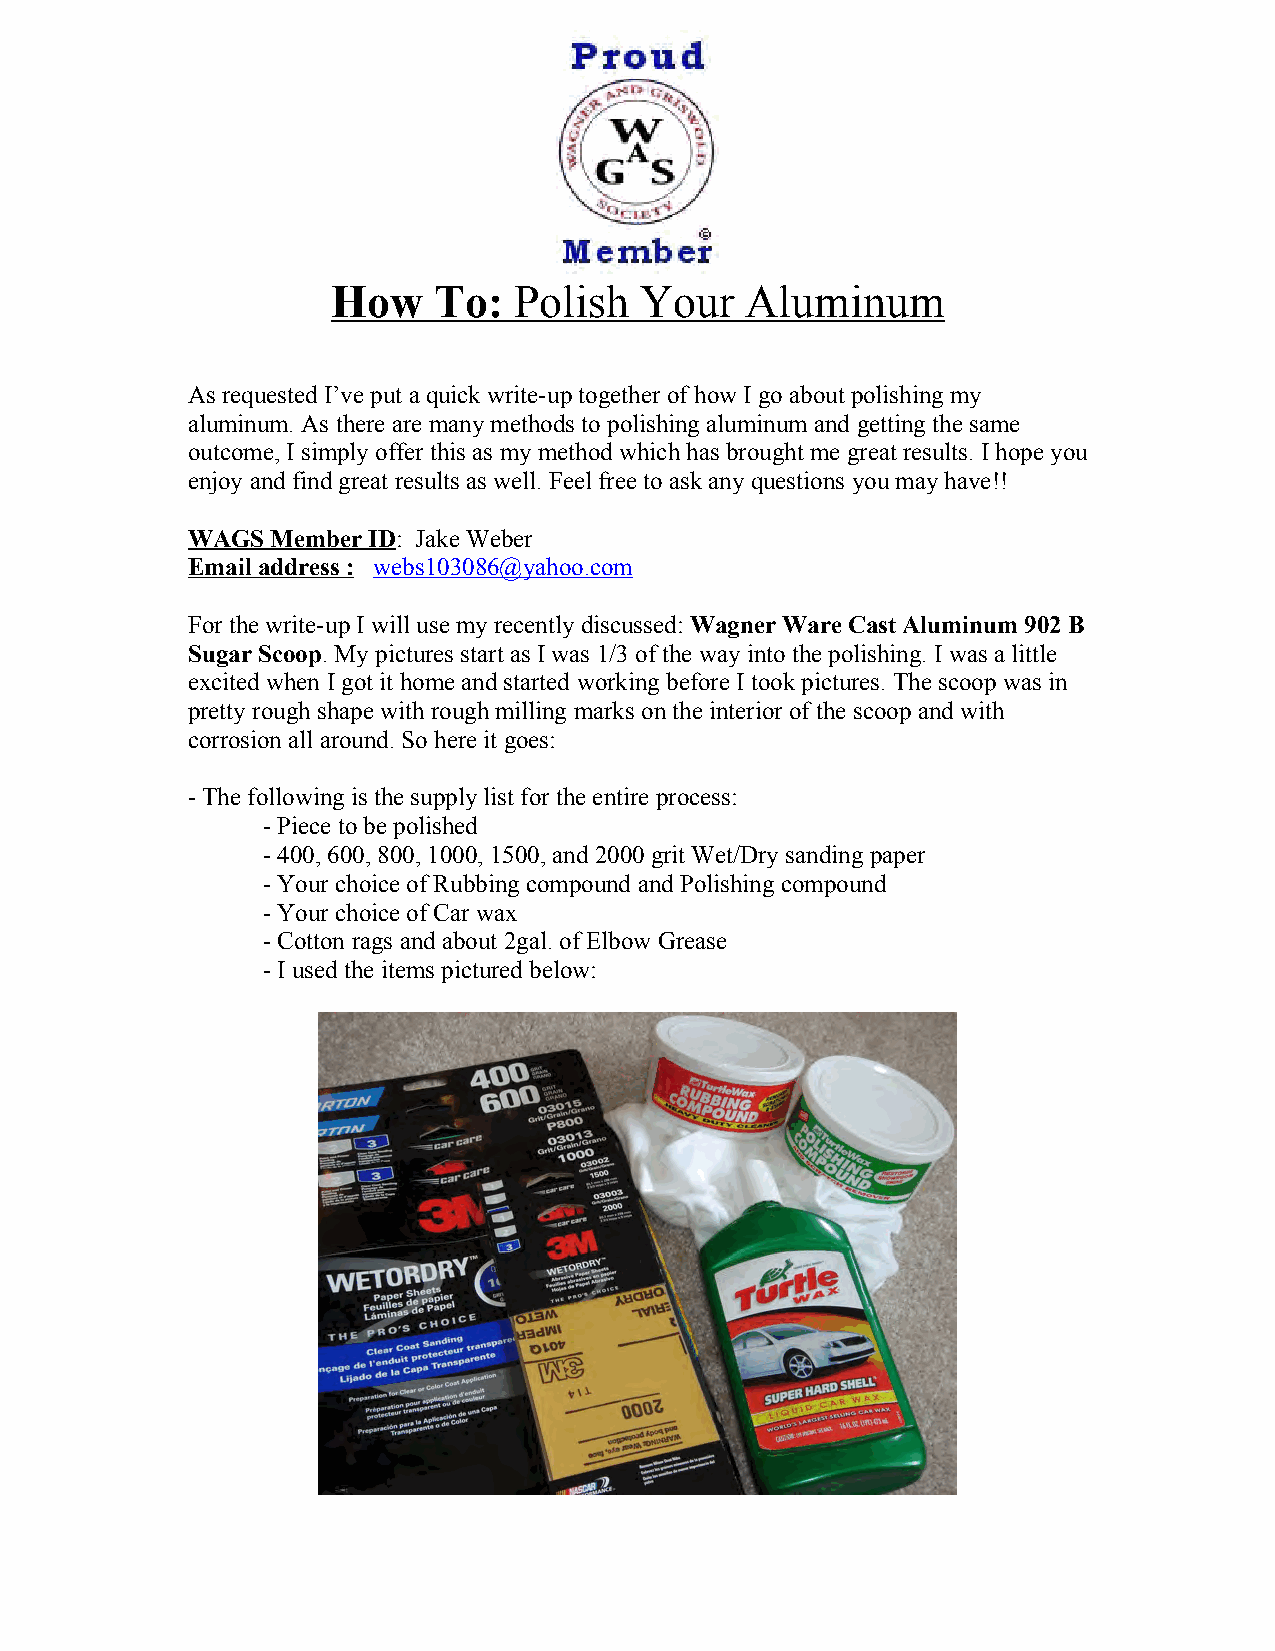
How    To:  Polish  Your   Aluminum
 As requested I’ve put a quick write-up together of how I go about polishing my
 aluminum. As there are many methods to polishing aluminum and getting the same
 outcome, I simply offer this as my method which has brought me great results. I hope you
 enjoy and find great results as well. Feel free to ask any questions you may have!!
 WAGS  Member ID: Jake Weber
 Email address : webs103086@yahoo.com
 For the write-up I will use my recently discussed: Wagner Ware Cast Aluminum 902 B
 Sugar Scoop. My pictures start as I was 1/3 of the way into the polishing. I was a little
 excited when I got it home and started working before I took pictures. The scoop was in
 pretty rough shape with rough milling marks on the interior of the scoop and with
 corrosion all around. So here it goes:
 - The following is the supply list for the entire process:
 - Piece to be polished
 - 400, 600, 800, 1000, 1500, and 2000 grit Wet/Dry sanding paper
 - Your choice of Rubbing compound and Polishing compound
 - Your choice of Car wax
 - Cotton rags and about 2gal. of Elbow Grease
 - I used the items pictured below: